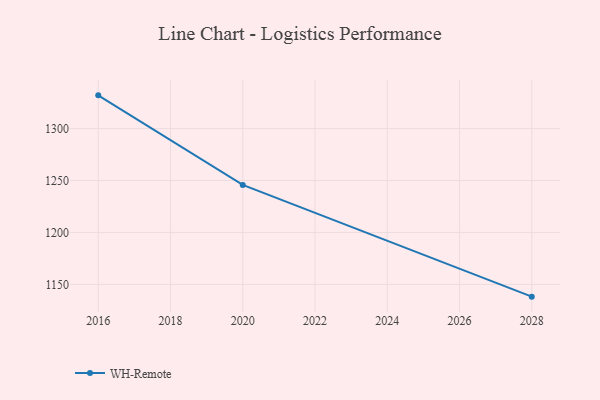
{"axis": {"x": "Year", "y": "Gross Profit (USD K)"}, "legend": ["WH-Remote"], "data": [{"x": "2016", "y": 1332.0, "type": "WH-Remote"}, {"x": "2020", "y": 1245.8, "type": "WH-Remote"}, {"x": "2028", "y": 1138.2, "type": "WH-Remote"}]}